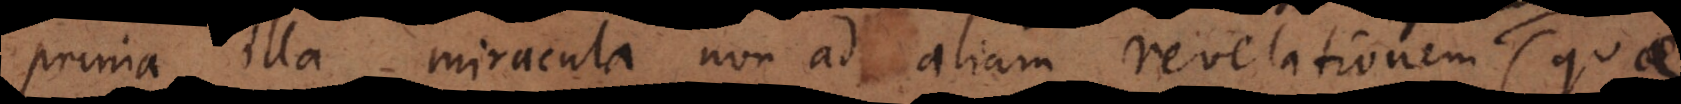
prima illa miracula non ad aliam revelationem exi